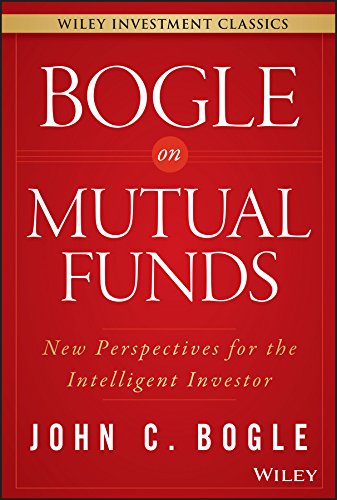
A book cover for Bogle On Mutual Funds: New Perspectives For The Intelligent Investor (Wiley Investment Classics); John C. Bogle; Business & Money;